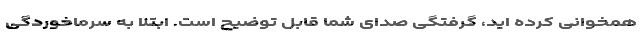
همخوانی کرده اید، گرفتگی صدای شما قابل توضیح است. ابتلا به سرماخوردگی